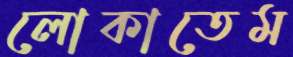
লোকাতেম